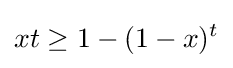
xt\geq 1-(1-x)^{t}